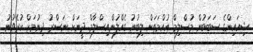
ޝިއައިންގެ ސަބަބުން މުސްލިމް އުއްމަތަށް ލިބުނު ގެއްލުންއިސްލާމް ދީނަށް ނަސްރު ދިނުމަށް ކުރެވުނު